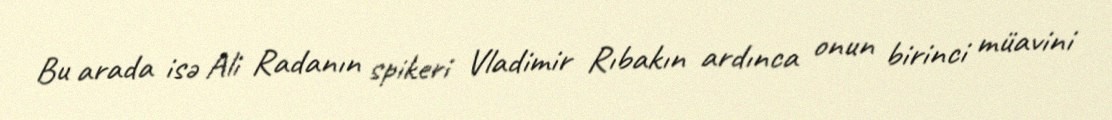
Bu arada isə Ali Radanın spikeri Vladimir Rıbakın ardınca onun birinci müavini